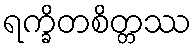
ရက္ခိတစိတ္တဿ